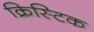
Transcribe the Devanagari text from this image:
क्रिस्टिक